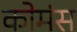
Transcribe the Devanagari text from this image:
कोमंस